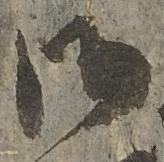
御